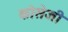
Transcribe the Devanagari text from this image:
कोसेजी